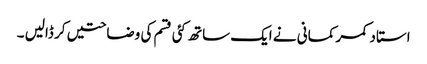
استاد کمر کمانی نے ایک ساتھ کئی قسم کی وضاحتیں کر ڈالیں ۔